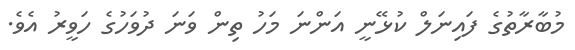
މުބާރާތުގެ ފައިނަލް ކުޅޭނީ އަންނަ މަހު ތިން ވަނަ ދުވަހުގެ ހަވީރު އެވެ.